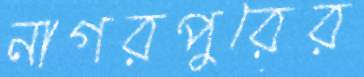
নাগরপুরের